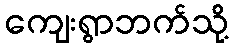
ကျေးရွာဘက်သို့